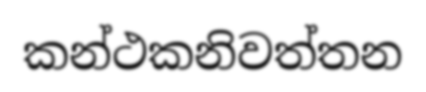
කන්ථකනිවත්තන